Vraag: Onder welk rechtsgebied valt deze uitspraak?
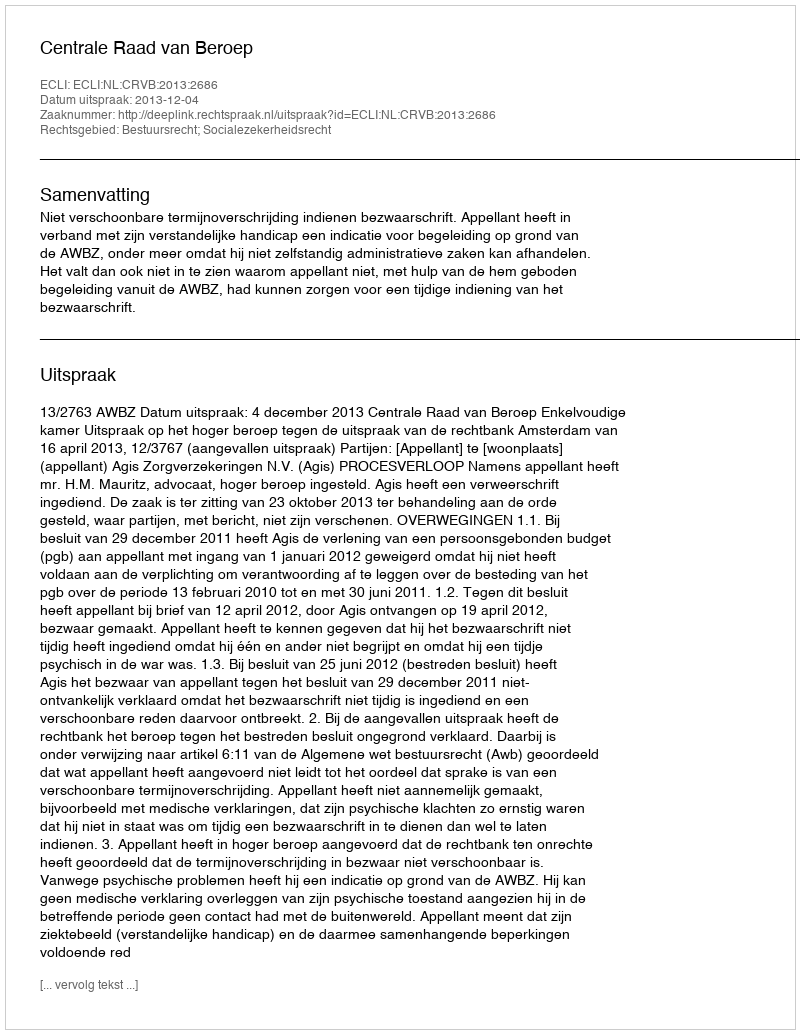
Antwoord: Bestuursrecht; Socialezekerheidsrecht